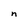
Character: n